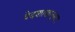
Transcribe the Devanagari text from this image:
वेदशाखानुसार